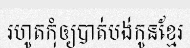
រហូតកុំឲ្យបាត់បង់កូនខ្មែរ